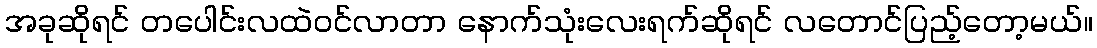
အခုဆိုရင် တပေါင်းလထဲဝင်လာတာ နောက်သုံးလေးရက်ဆိုရင် လတောင်ပြည့်တော့မယ်။